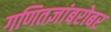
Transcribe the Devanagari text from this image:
गणितज्ञांबरोबर